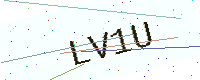
Text: LV1U